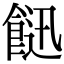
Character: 䭀